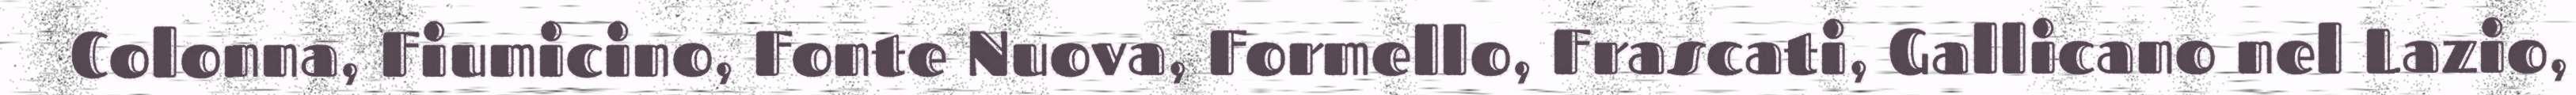
Colonna, Fiumicino, Fonte Nuova, Formello, Frascati, Gallicano nel Lazio,